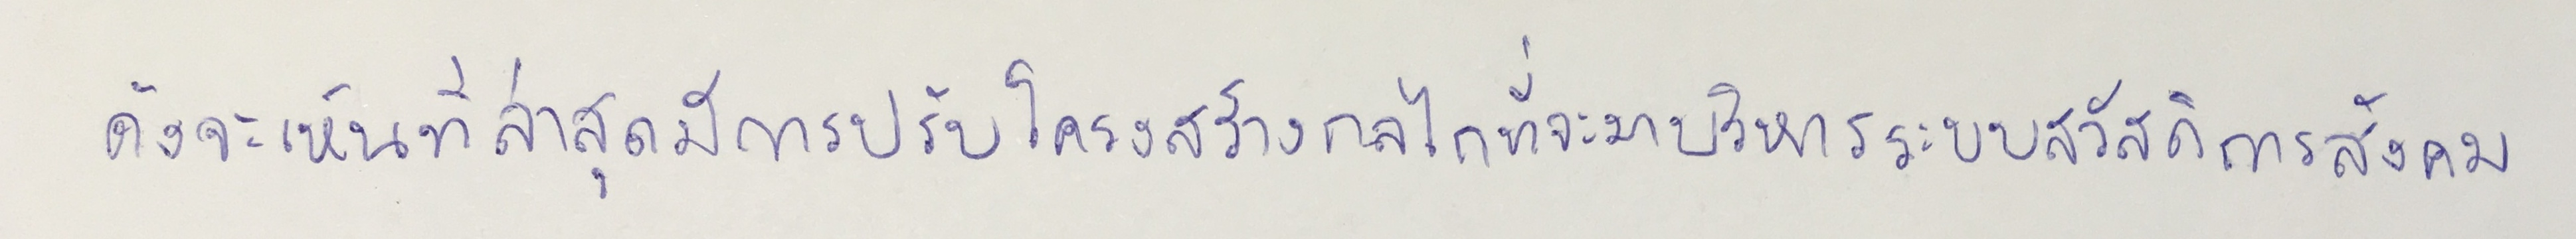
ดังจะเห็นที่ล่าสุดมีการปรับโครงสร้างกลไกที่จะมาบริหารจัดการระบบสวัสดิการสังคม